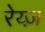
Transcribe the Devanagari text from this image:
रेय्ज़